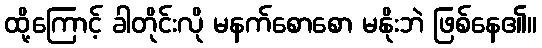
ထို့ကြောင့် ခါတိုင်းလို မနက်စောစော မနိုးဘဲ ဖြစ်နေ၏။